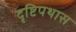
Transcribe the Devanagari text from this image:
दृष्टिपथास